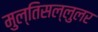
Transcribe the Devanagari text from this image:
मुल्तिसल्लुलर